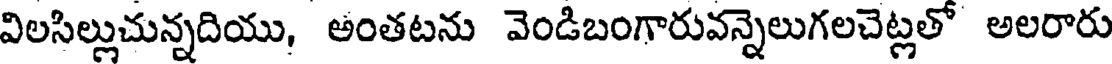
విలసిల్లుచున్నదియు, అంతటను వెండిబంగారువన్నెలుగలచెట్లతో అలరారు